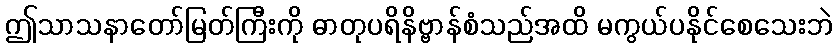
ဤသာသနာတော်မြတ်ကြီးကို ဓာတုပရိနိဗ္ဗာန်စံသည်အထိ မကွယ်ပနိုင်စေသေးဘဲ